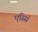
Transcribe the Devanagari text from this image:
एस्सिं